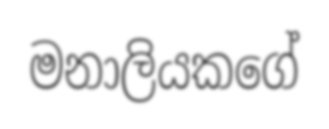
මනාලියකගේ